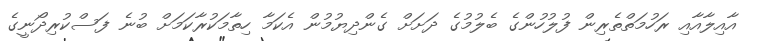
އާއިލާއާއި ރަހުމަތްތެރިން ފުލުހުންގެ ބެލުމުގެ ދަށަށް ގެންދިޔުމުން އެކަމާ ހިތާމަކުރާކަމަށް ބުނެ ފަސްކުރިދޯނީގެ